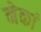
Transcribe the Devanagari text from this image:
नेकां